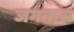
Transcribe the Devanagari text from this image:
जगतास